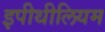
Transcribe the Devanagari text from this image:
इपीथीलियम